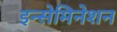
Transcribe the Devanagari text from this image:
इन्सेमिनेशन